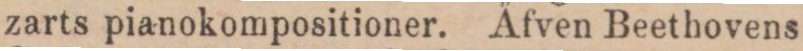
zarts pianokompositioner. A̋fven Beethovens